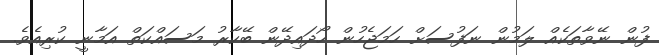
ފުން ނޭވާތަކެއް ލަމުން ނަފުސަށް ހަމަޖެހުން ހޯދައިދޭން ބޭކާރު މަސައްކަތް އަމާނީ ކުރިއެވެ.